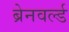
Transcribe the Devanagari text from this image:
ब्रेनवर्ल्ड